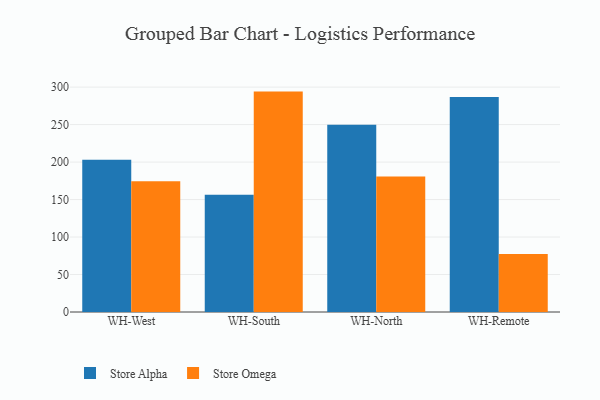
{"axis": {"x": "Warehouse", "y": "Budget (USD K)"}, "legend": ["Store Alpha", "Store Omega"], "data": [{"x": "WH-West", "y": 203.2, "type": "Store Alpha"}, {"x": "WH-West", "y": 174.3, "type": "Store Omega"}, {"x": "WH-South", "y": 156.3, "type": "Store Alpha"}, {"x": "WH-South", "y": 294.0, "type": "Store Omega"}, {"x": "WH-North", "y": 249.7, "type": "Store Alpha"}, {"x": "WH-North", "y": 180.9, "type": "Store Omega"}, {"x": "WH-Remote", "y": 286.9, "type": "Store Alpha"}, {"x": "WH-Remote", "y": 77.3, "type": "Store Omega"}]}